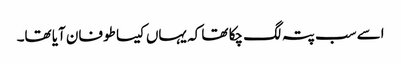
اسے سب پتہ لگ چکا تھا کہ یہاں کیسا طوفان آیا تھا۔